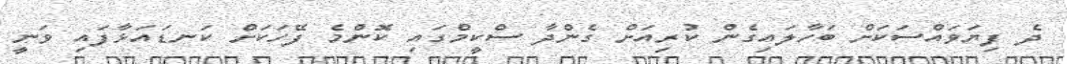
ދެ ފިޔަވައްސަކަށް ބަހާލައިގެން ކުރިއަށް ގެންދާ ސްކީމްގައި ކޮންމެ ފޭހަކަށް ކަނޑައަޅާފައި ވަނީ